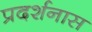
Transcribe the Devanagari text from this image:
प्रदर्शनास